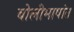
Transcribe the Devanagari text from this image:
बोलीभाषांत